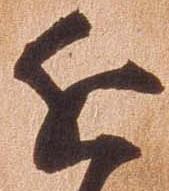
近